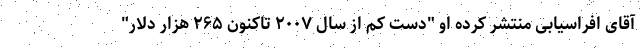
آقای افراسیابی منتشر کرده او "دست کم از سال ۲۰۰۷ تاکنون ۲۶۵ هزار دلار"